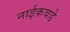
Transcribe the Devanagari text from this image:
नाईकवडे